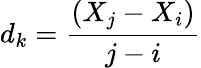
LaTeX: d_{k}=\frac{(X_{j}-X_{i})}{j-i}